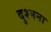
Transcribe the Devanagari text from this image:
दुश्मना